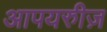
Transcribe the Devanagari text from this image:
आपयरुीज़